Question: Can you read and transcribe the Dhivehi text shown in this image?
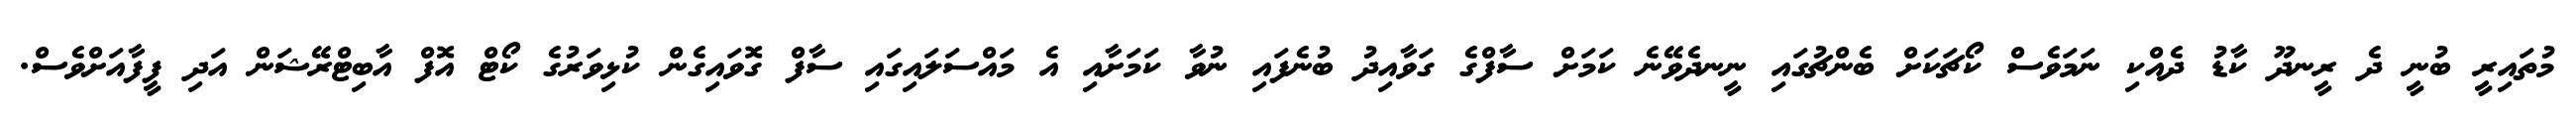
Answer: މުތައިރީ ބުނީ ދެ ރީނދޫ ކާޑު ދެއްކި ނަމަވެސް ކޯޗަކަށް ބެންޗުގައި ނީނދެވޭނެ ކަމަށް ސާފްގެ ގަވާއިދު ބުނެފައި ނުވާ ކަމަށާއި އެ މައްސަލައިގައި ސާފް ގޮވައިގެން ކުޅިވަރުގެ ކޯޓް އޮފް އާބިޓްރޭޝަން އަދި ފީފާއަށްވެސް.